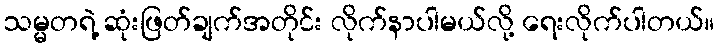
သမ္မတရဲ့ ဆုံးဖြတ်ချက်အတိုင်း လိုက်နာပါမယ်လို့ ရေးလိုက်ပါတယ်။